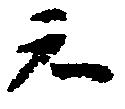
知